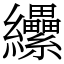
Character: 纝